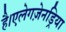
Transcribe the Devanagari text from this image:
है।एलेगज़ेनड्रिया